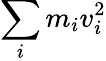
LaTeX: \sum_{i}m_{i}v_{i}^{2}